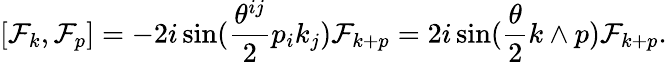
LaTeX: [{\cal F}_{k},{\cal F}_{p}]=-2i\sin(\frac{\theta^{ij}}{2}p_{i}k_{j}){\cal F}_{k+p}=2i\sin(\frac{\theta}{2}k\wedge p){\cal F}_{k+p}.